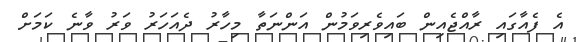
އެ ފެއާގައި ރާއްޖެއިން ބައިވެރިވަމުން އަންނަތާ މިހާރު ދެއަހަރު ވަރު ވާނެ ކަމަށް